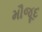
મૌજૂદ